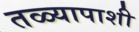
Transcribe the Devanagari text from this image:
तळ्यापाशी